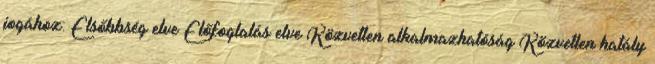
jogához: Elsőbbség elve Előfoglalás elve Közvetlen alkalmazhatóság Közvetlen hatály